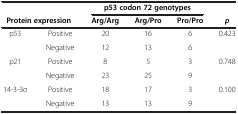
<table><thead><tr><td colspan="2"><b> </b></td><td colspan="3"><b>p53 codon 72 genotypes</b></td><td><b> </b></td></tr><tr><td colspan="2"><b>Protein expression</b></td><td><b>Arg/Arg</b></td><td><b>Arg/Pro</b></td><td><b>Pro/Pro</b></td><td><b><i>p</i></b></td></tr></thead><tbody><tr><td>p53</td><td>Positive</td><td>20</td><td>16</td><td>6</td><td>0.423</td></tr><tr><td> </td><td>Negative</td><td>12</td><td>13</td><td>6</td><td> </td></tr><tr><td>p21</td><td>Positive</td><td>8</td><td>5</td><td>3</td><td>0.748</td></tr><tr><td> </td><td>Negative</td><td>23</td><td>25</td><td>9</td><td> </td></tr><tr><td>14-3-3σ</td><td>Positive</td><td>18</td><td>17</td><td>3</td><td>0.100</td></tr><tr><td> </td><td>Negative</td><td>13</td><td>13</td><td>9</td><td> </td></tr></tbody></table>